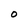
Character: O